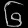
Digit: ၆